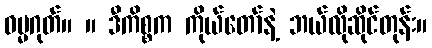
ဓမ္မဂုတ်။ ။ ဒီကိစ္စက ကိုယ်တော်နဲ့ ဘယ်လိုဆိုင်တုန်း။